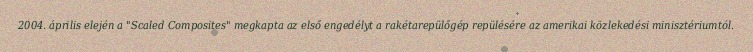
2004. április elején a "Scaled Composites" megkapta az első engedélyt a rakétarepülőgép repülésére az amerikai közlekedési minisztériumtól.